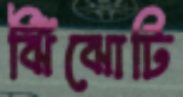
ঝিঁঝোটি